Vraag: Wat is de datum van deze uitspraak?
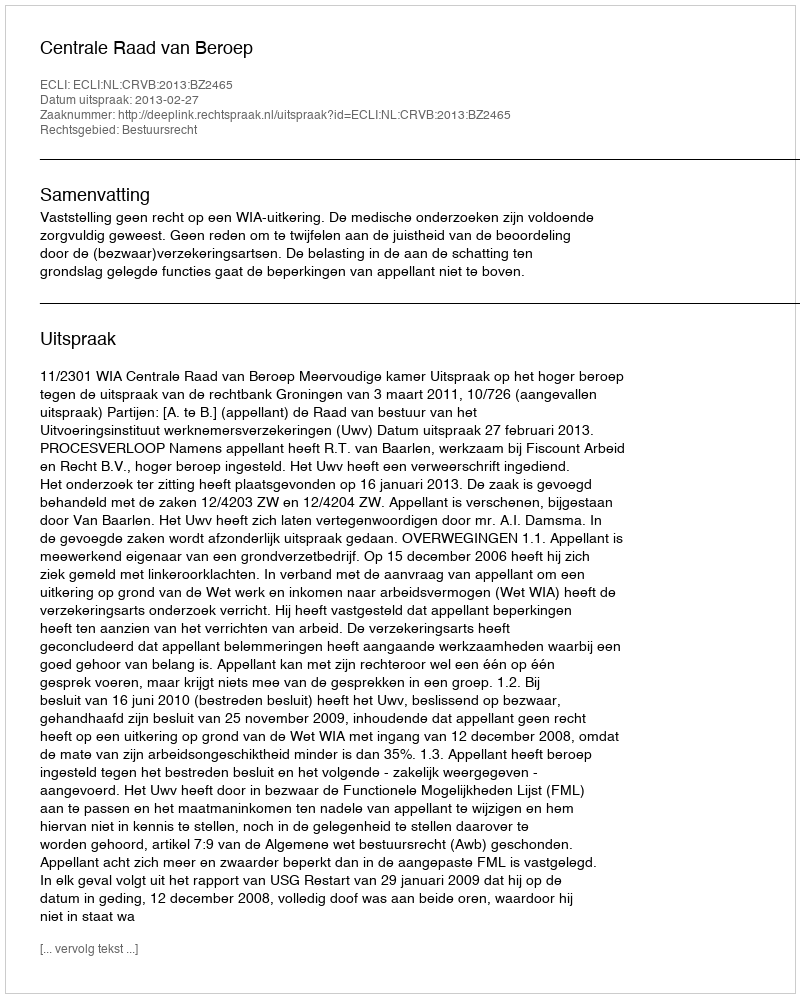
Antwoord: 2013-02-27